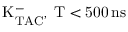
\mathrm { K _ { T A C } ^ { - } , \Delta T < 5 0 0 \, n s }